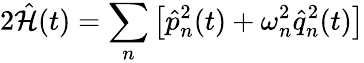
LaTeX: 2\hat{{\cal H}}(t)=\sum_{n}\left[\hat{p}_{n}^{2}(t)+\omega_{n}^{2}\hat{q}_{n}^{2}(t)\right]